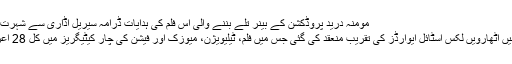
مومنہ درید پروڈکشن کے بینر تلے بننے والی اس فلم کی ہدایات ڈرامہ سیریل اڈاری سے شہرت حاصل کرنے…
اتوار کو کراچی میں اٹھارویں لکس اسٹائل ایوارڈز کی تقریب منعقد کی گئی جس میں فلم، ٹیلیویژن، میوزک اور فیشن کی چار کیٹیگریز میں کل 28 اعزازات دیے گئے۔